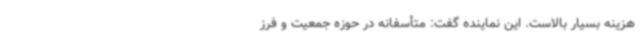
هزینه بسیار بالاست. این نماینده گفت: متأسفانه در حوزه جمعیت و فرز